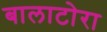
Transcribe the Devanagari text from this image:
बालाटोरा